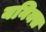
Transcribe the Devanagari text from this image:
यनिक्स